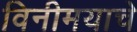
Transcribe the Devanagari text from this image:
विनीमयाचे